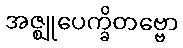
အဇ္ဈုပေက္ခိတဗ္ဗော